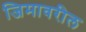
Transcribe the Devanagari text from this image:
जिमावरील